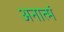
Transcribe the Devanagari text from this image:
अनात्मं